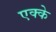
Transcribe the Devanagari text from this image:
एक्के